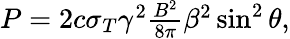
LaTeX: \begin{array}{r}{P=2c\sigma_{T}\gamma^{2}\frac{B^{2}}{8\pi}\beta^{2}\sin^{2}\theta,}\end{array}